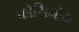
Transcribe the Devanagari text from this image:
फ्रोसिनोन